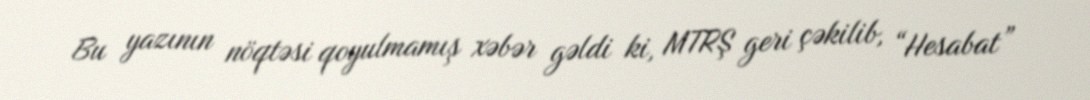
Bu yazının nöqtəsi qoyulmamış xəbər gəldi ki, MTRŞ geri çəkilib, “Hesabat”